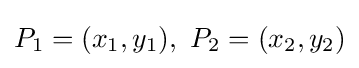
P_{1}=(x_{1},y_{1}),\ P_{2}=(x_{2},y_{2})